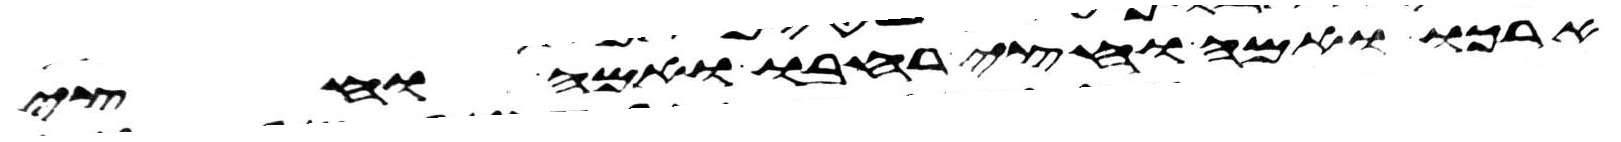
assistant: ארכו ואמה וחצי רחבו ואמה וחצי